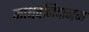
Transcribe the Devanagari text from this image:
माधवनिदानम